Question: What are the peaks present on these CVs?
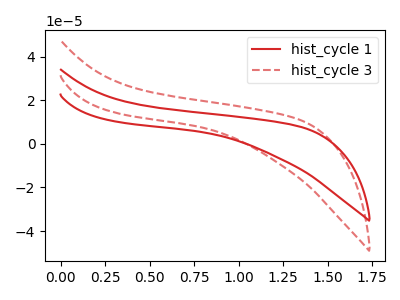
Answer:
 <answer>The red curve "hist_cycle 1" has no peaks. The red dashed curve "hist_cycle 3" has no peaks.</answer>
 <eval></eval>